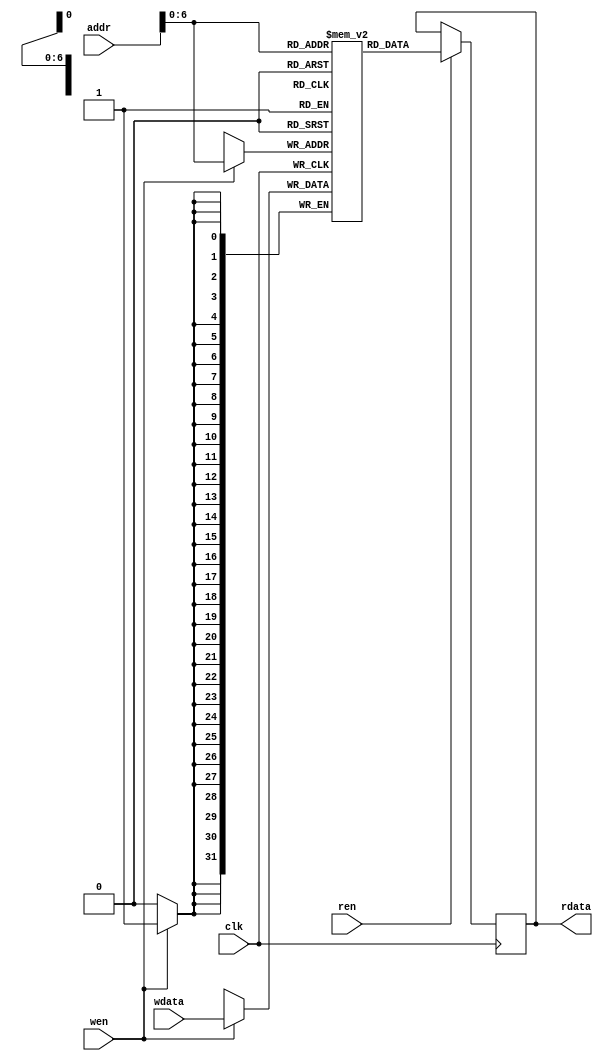
// =============================================================================
// @File         :  memory_md.v
// @Author       :  Jiangxuan Li
// @Created      :  2022/3/20 21:08:29
// @Description  :  simple memory module
// 
// -----------------------------------------------------------------------------
// History
// -----------------------------------------------------------------------------
// Ver  :| Author  :| Mod. Date          :| Changes Made :|
// 0.1   | Jx L     | 2022/3/20 21:08:29 | original
// =============================================================================
// `include "include.h"

module memory_md #(
	// 2022/3/20 21:34:23
	//  100  memo
	parameter DEPTH = 128,
	parameter WIDTH = 32,
	parameter WIDTH_BITS = 16
)(
	 input  	clk    // Clock
	// input rst_n,  // Asynchronous reset active low
	,input   	ren
	,input   	wen
	,input   	[WIDTH_BITS-1:0] addr
	,input   	[     WIDTH-1:0] wdata

	,output reg [     WIDTH-1:0] rdata
);



reg [WIDTH-1:0] memo [0:DEPTH-1];

always @(posedge clk) begin
	if (ren == 1'b1) begin
		rdata <= memo[addr];
	end
	if (wen == 1'b1) begin
		memo[addr] <= wdata;
	end
end

endmodule